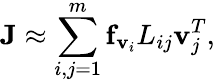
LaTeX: {\displaystyle{\mathbf J}\approx\sum_{i,j=1}^{m}{\mathbf f}_{{\mathbf v}_{i}}L_{ij}{\mathbf v}_{j}^{T}},